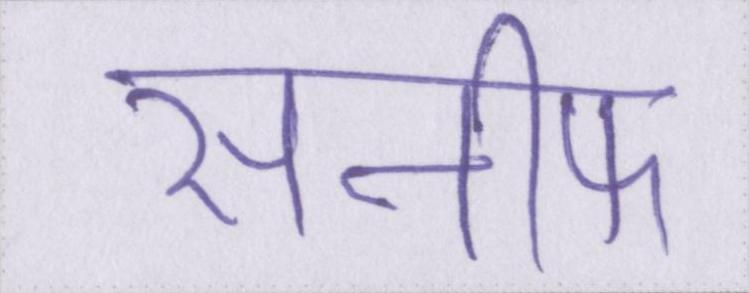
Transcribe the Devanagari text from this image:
सनीफ